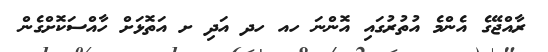
ރާއްޖޭގެ އެންމެ އުތުރުގައި އޮންނަ ހއ ހދ އަދި ށ އަތޮޅަށް ހާއްސަކޮށްގެން